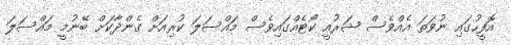
އޮފީހުގައި ނުވަތަ އެެއްވެސް ޝަރުއީ ކޯޓެއްގައިވެސް މައްސަލަ ކުރިއަށް ގެންދާކަށް ބޭނުމީ މައްސަލަ